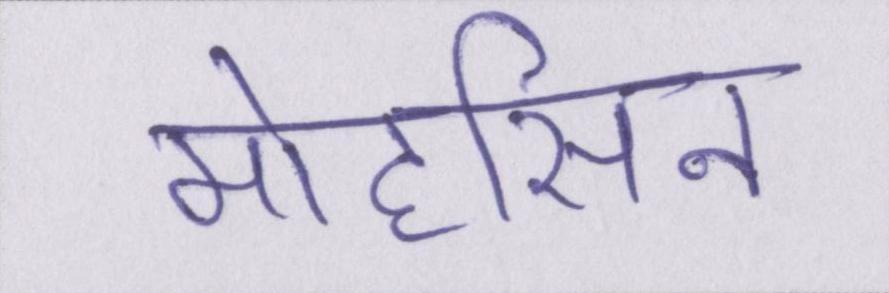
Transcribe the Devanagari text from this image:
मोहसिन